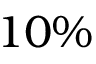
1 0 \%